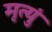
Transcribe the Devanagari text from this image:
मृत्युं